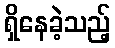
ရှိနေခဲ့သည့်